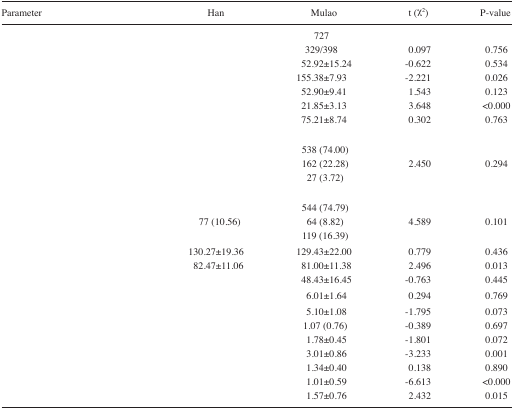
<table><thead><tr><td><b>Parameter</b></td><td><b>Han</b></td><td><b>Mulao</b></td><td><b>t (χ<sup>2</sup>)</b></td><td><b>P-value</b></td></tr></thead><tbody><tr><td>[EMPTY_CELL]</td><td>[EMPTY_CELL]</td><td>727</td><td>[EMPTY_CELL]</td><td>[EMPTY_CELL]</td></tr><tr><td>[EMPTY_CELL]</td><td>[EMPTY_CELL]</td><td>329/398</td><td>0.097</td><td>0.756</td></tr><tr><td>[EMPTY_CELL]</td><td>[EMPTY_CELL]</td><td>52.92±15.24</td><td>−0.622</td><td>0.534</td></tr><tr><td>[EMPTY_CELL]</td><td>[EMPTY_CELL]</td><td>155.38±7.93</td><td>−2.221</td><td>0.026</td></tr><tr><td>[EMPTY_CELL]</td><td>[EMPTY_CELL]</td><td>52.90±9.41</td><td>1.543</td><td>0.123</td></tr><tr><td>[EMPTY_CELL]</td><td>[EMPTY_CELL]</td><td>21.85±3.13</td><td>3.648</td><td>&lt;0.000</td></tr><tr><td>[EMPTY_CELL]</td><td>[EMPTY_CELL]</td><td>75.21±8.74</td><td>0.302</td><td>0.763</td></tr><tr><td colspan="5">[EMPTY_CELL]</td></tr><tr><td>[EMPTY_CELL]</td><td>[EMPTY_CELL]</td><td>538 (74.00)</td><td>[EMPTY_CELL]</td><td>[EMPTY_CELL]</td></tr><tr><td>[EMPTY_CELL]</td><td>[EMPTY_CELL]</td><td>162 (22.28)</td><td>2.450</td><td>0.294</td></tr><tr><td>[EMPTY_CELL]</td><td>[EMPTY_CELL]</td><td>27 (3.72)</td><td>[EMPTY_CELL]</td><td>[EMPTY_CELL]</td></tr><tr><td colspan="5">[EMPTY_CELL]</td></tr><tr><td>[EMPTY_CELL]</td><td>[EMPTY_CELL]</td><td>544 (74.79)</td><td>[EMPTY_CELL]</td><td>[EMPTY_CELL]</td></tr><tr><td>[EMPTY_CELL]</td><td>77 (10.56)</td><td>64 (8.82)</td><td>4.589</td><td>0.101</td></tr><tr><td>[EMPTY_CELL]</td><td>[EMPTY_CELL]</td><td>119 (16.39)</td><td>[EMPTY_CELL]</td><td>[EMPTY_CELL]</td></tr><tr><td>[EMPTY_CELL]</td><td>130.27±19.36</td><td>129.43±22.00</td><td>0.779</td><td>0.436</td></tr><tr><td>[EMPTY_CELL]</td><td>82.47±11.06</td><td>81.00±11.38</td><td>2.496</td><td>0.013</td></tr><tr><td>[EMPTY_CELL]</td><td>[EMPTY_CELL]</td><td>48.43±16.45</td><td>−0.763</td><td>0.445</td></tr><tr><td>[EMPTY_CELL]</td><td>[EMPTY_CELL]</td><td>6.01±1.64</td><td>0.294</td><td>0.769</td></tr><tr><td>[EMPTY_CELL]</td><td>[EMPTY_CELL]</td><td>5.10±1.08</td><td>−1.795</td><td>0.073</td></tr><tr><td>[EMPTY_CELL]</td><td>[EMPTY_CELL]</td><td>1.07 (0.76)</td><td>−0.389</td><td>0.697</td></tr><tr><td>[EMPTY_CELL]</td><td>[EMPTY_CELL]</td><td>1.78±0.45</td><td>−1.801</td><td>0.072</td></tr><tr><td>[EMPTY_CELL]</td><td>[EMPTY_CELL]</td><td>3.01±0.86</td><td>−3.233</td><td>0.001</td></tr><tr><td>[EMPTY_CELL]</td><td>[EMPTY_CELL]</td><td>1.34±0.40</td><td>0.138</td><td>0.890</td></tr><tr><td>[EMPTY_CELL]</td><td>[EMPTY_CELL]</td><td>1.01±0.59</td><td>−6.613</td><td>&lt;0.000</td></tr><tr><td>[EMPTY_CELL]</td><td>[EMPTY_CELL]</td><td>1.57±0.76</td><td>2.432</td><td>0.015</td></tr></tbody></table>